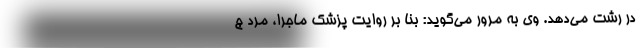
در رشت می‌دهد. وی به مرور می‌گوید: بنا بر روایت پزشک ماجرا، مرد ج